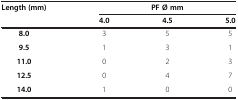
<table><thead><tr><td><b>Length (mm)</b></td><td colspan="3"><b>PF Ø mm</b></td></tr><tr><td><b> </b></td><td><b>4.0</b></td><td><b>4.5</b></td><td><b>5.0</b></td></tr></thead><tbody><tr><td><b>8.0</b></td><td>3</td><td>5</td><td>5</td></tr><tr><td><b>9.5</b></td><td>1</td><td>3</td><td>1</td></tr><tr><td><b>11.0</b></td><td>0</td><td>2</td><td>3</td></tr><tr><td><b>12.5</b></td><td>0</td><td>4</td><td>7</td></tr><tr><td><b>14.0</b></td><td>1</td><td>0</td><td>0</td></tr></tbody></table>